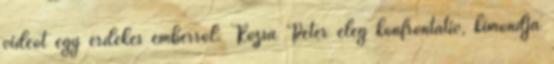
videót egy érdekes emberről. Rózsa Péter elég konfrontatív, kimondja